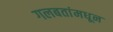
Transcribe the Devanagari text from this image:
गलबतांमधून